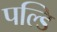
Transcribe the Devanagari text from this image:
पल्डि